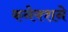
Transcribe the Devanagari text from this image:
कनेक्शने